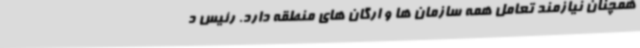
همچنان نیازمند تعامل همه سازمان ها و ارگان های منطقه دارد. رئیس د